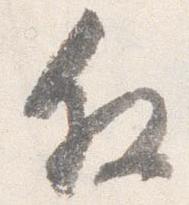
叙